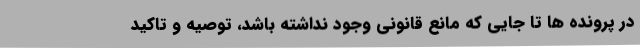
در پرونده ها تا جایی که مانع قانونی وجود نداشته باشد، توصیه و تاکید